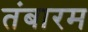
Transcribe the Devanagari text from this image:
तंबारम